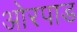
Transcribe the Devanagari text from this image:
ओरपाड